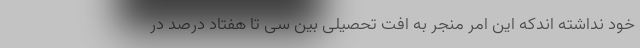
خود نداشته اندکه این امر منجر به افت تحصیلی بین سی تا هفتاد درصد در